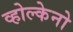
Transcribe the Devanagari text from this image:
व्होल्केनो